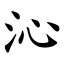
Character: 沁